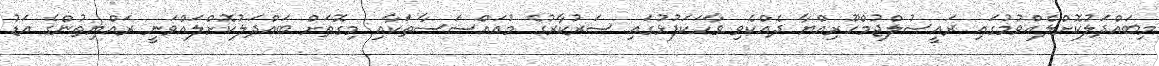
މިބައްދަލުކޮށްލެއްވުމުގައި ރައީސުލްޖުމްހޫރިއްޔާ ދެއްކެވި ވާހަކަފުޅުގައި ސަރުކާރުގެ މުއައްސަސާތަކާއި މިގޮތަށް ބައްދަލުކޮށްލައްވަނީ ރައްޔިތުންގެ އަޑު